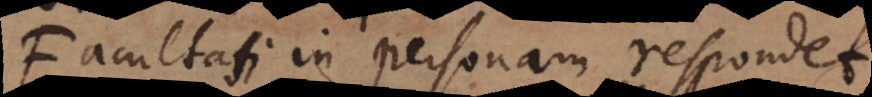
Facultati in personam respondet